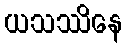
ယသဿိနေ